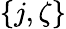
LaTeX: \{ j,\zeta\}